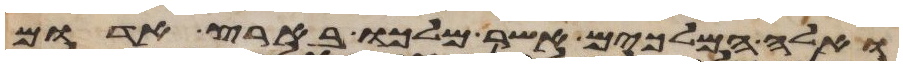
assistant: ואלה המלכים אשר מלכו בארץ אדום